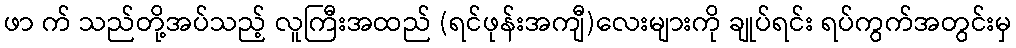
ဖာ က် သည်တို့အပ်သည့် လူကြီးအထည် (ရင်ဖုန်းအကျီ)လေးများကို ချုပ်ရင်း ရပ်ကွက်အတွင်းမှ